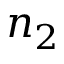
n _ { 2 }